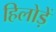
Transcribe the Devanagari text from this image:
हिलोड़ें